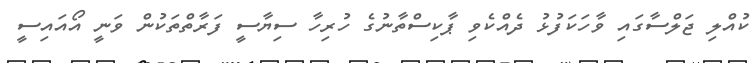
ކުއްލި ޖަލްސާގައި ވާހަކަފުޅު ދެއްކެވި ޕާކިސްތާނުގެ ހުރިހާ ސިޔާސީ ފަރާތްތަކުން ވަނީ އޯއައިސީ